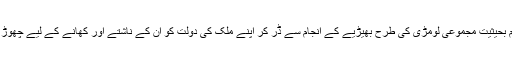
اور کب تک ہم بحیثیت مجموعی لومڑی کی طرح بھیڑیے کے انجام سے ڈر کر اپنے ملک کی دولت کو ان کے ناشتے اور کھانے کے لیے چھوڑ دیا کریں گے۔